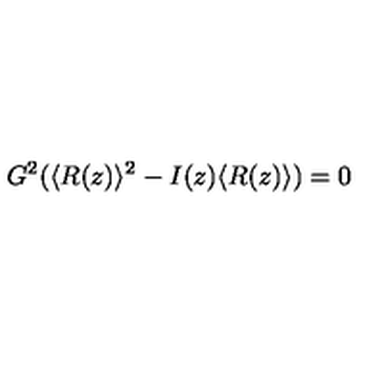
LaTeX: G ^ { 2 } ( \langle R ( z ) \rangle ^ { 2 } - I ( z ) \langle R ( z ) \rangle ) = 0